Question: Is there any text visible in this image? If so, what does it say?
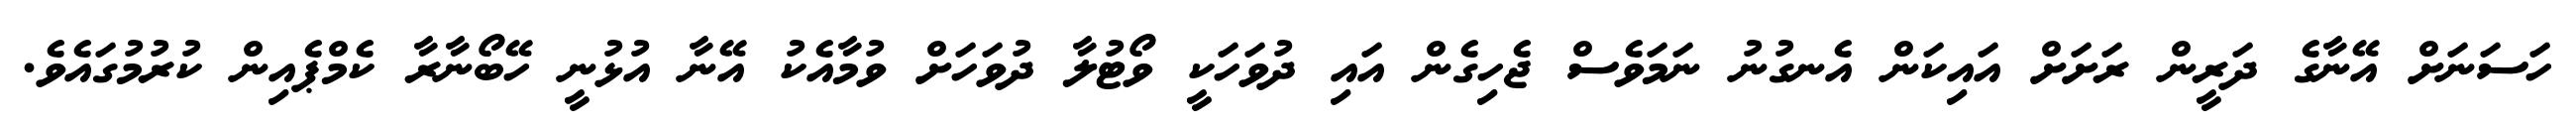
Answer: ހަސަނަށް އޭނާގެ ދަރީން ރަށަށް އައިކަން އެނގުނު ނަމަވެސް ޖެހިގެން އައި ދުވަހަކީ ވޯޓުލާ ދުވަހަށް ވުމާއެކު އޭނާ އުޅުނީ ހޭބޯނާރާ ކެމްޕެއިން ކުރުމުގައެވެ.